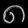
Digit: ၈